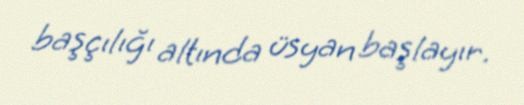
başçılığı altında üsyan başlayır.